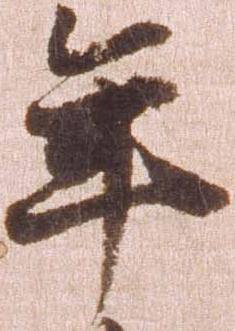
年